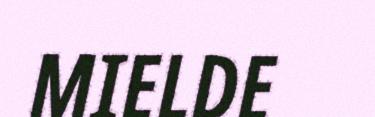
MIELDE